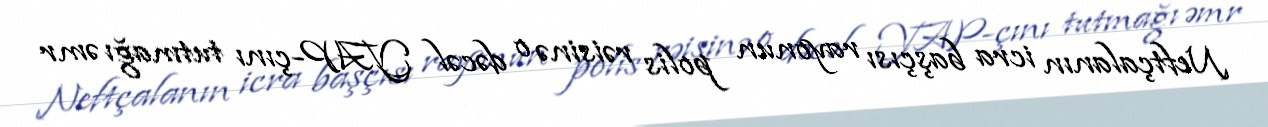
Neftçalanın icra başçısı rayonun polis rəisinə o dəcəl YAP-çını tutmağı əmr